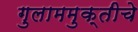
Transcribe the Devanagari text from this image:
गुलाममुक्तीचे